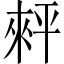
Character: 𢆠